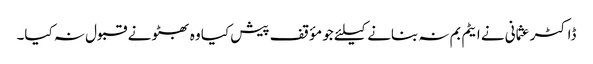
ڈاکٹر عثمانی نے ایٹم بم نہ بنانے کیلئے جو مؤقف پیش کیا وہ بھٹو نے قبول نہ کیا۔